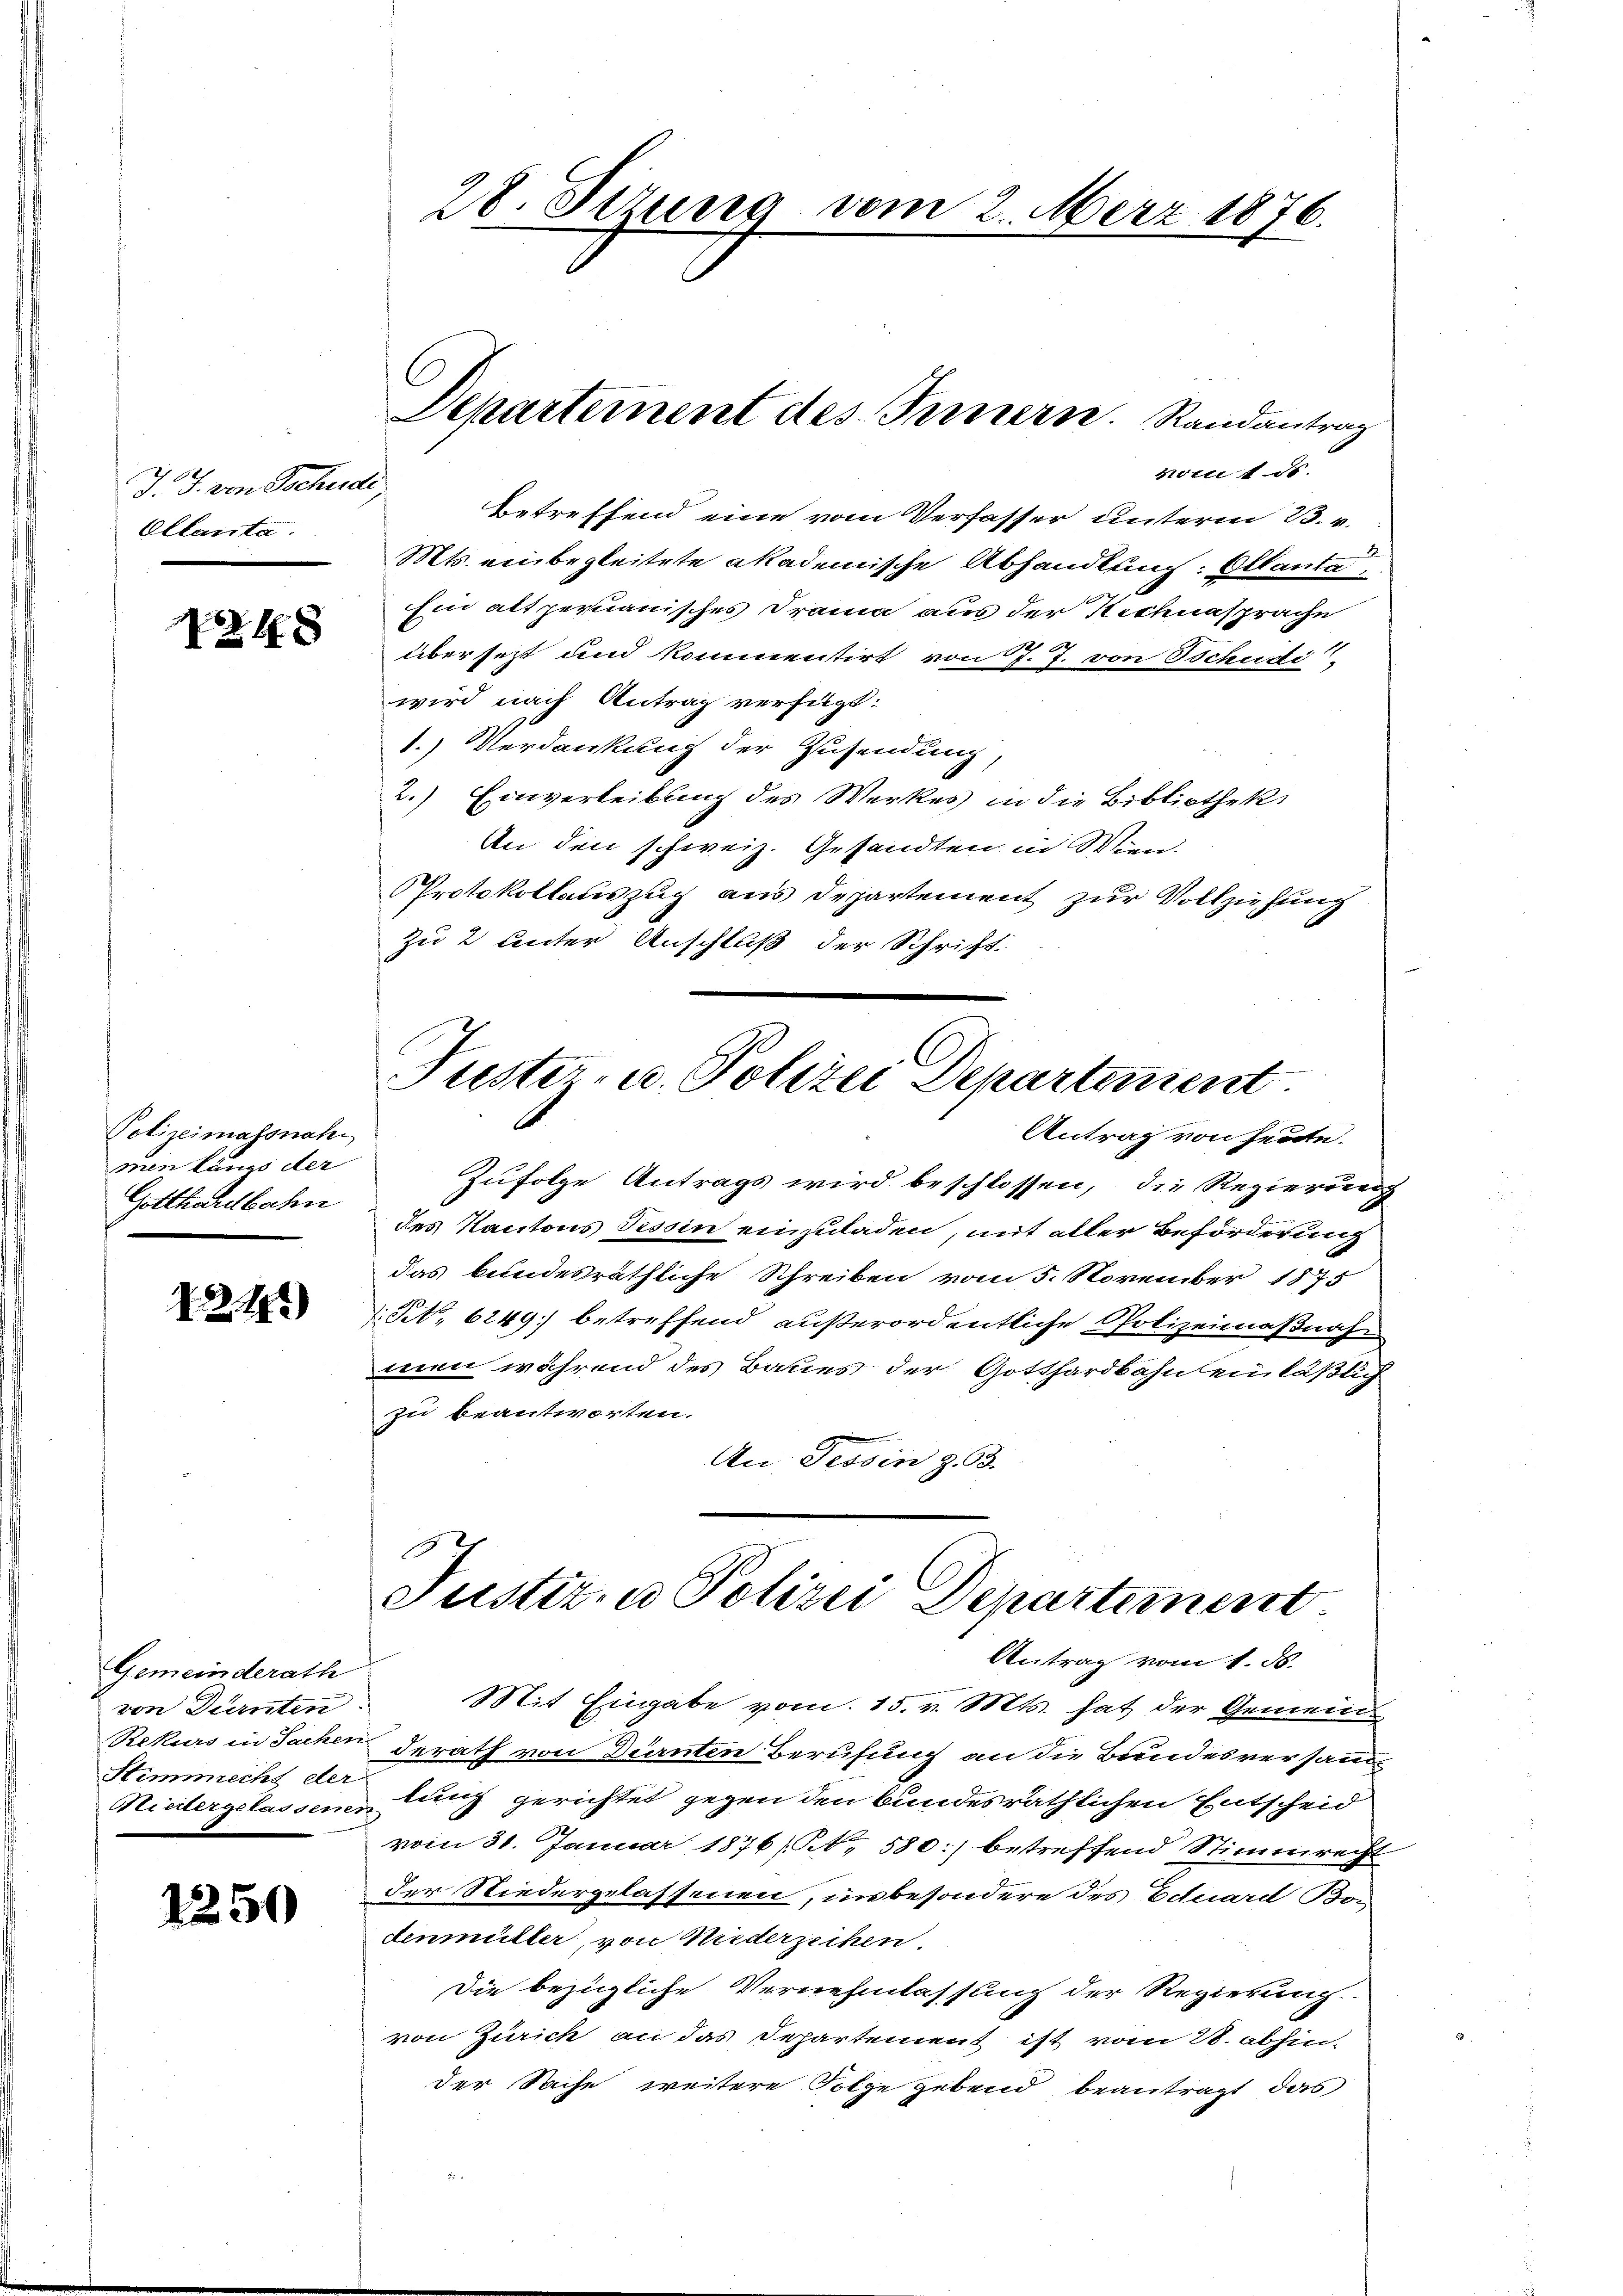
12
J. 3. von Tschudi
Ollanta.

4 x

Polizeimassnah
men langs der
Gotthardbahn

192)

Gemeinderath
von Dürnten.
Stimmrecht der

1250

28. Setzung vom 2. März 1876.

voit ds.
Betreffend eine vom Verfasser unterm 23. v.
Mts. einbegleitete akademische Abhandlung: Ollanta
Ein alt zeruanisches Drama aus der Rechnasprache
übersetzt und kommensirt von J. J. von Tschusti
wird nach Antrag verfügt:
1.) Verdankung der Zusendung,
2.) Einverleibung des Werkes in die Bibliotheke
An den schweiz. Gesandten in Wien.
Protokollauszug aus Departement zur Vollziehung
zu 2 unter Anschluß der Schrift
Antrag von heute.
Zufolge Antrags wird beschlossen, die Regierung
des Kantons Tessin einzuladen, mit aller Beförderung
das bundesräthliche Schreiben vom 5. November 1875
N. 6249) betreffend außerordentliche Polizeimaßnahmen während des Baues der Gotthardbahnen läßlich
zu beantworten.
An Tessin z. 63.
E
Justiz, u. Polizei Departement
Antrag vom 1. ds.
Mit Eingabe vom 15. v. Mts. hat der Gemeind
Rekurs in Sachen derath von Dürnten Berufung an die Bundesversand¬
Miedergelassenstung gerichtet gegen den bundesräthlichen Entscheid
vom 31. Januar 1876/B, 580:) betreffend Stimmrecht
der Niedergelassenen, insbesondere des Eduard Bon
denmüller, von Niederzeihen.
Die bezügliche Vernehmlassung der Regierung
von Zürich an das Departement ist vom 28. abhin-
der Sache weitere Folge gebend beantragt das

Departement des Fernern. Randantrag

Tuster- u. Polizei Departement